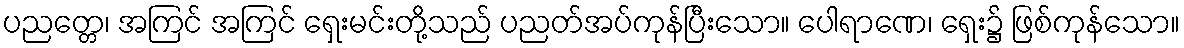
ပညတ္တေ၊ အကြင် အကြင် ရှေးမင်းတို့သည် ပညတ်အပ်ကုန်ပြီးသော။ ပေါရာဏေ၊ ရှေး၌ ဖြစ်ကုန်သော။